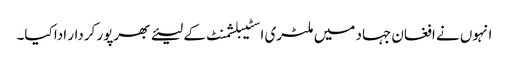
انہوں نے افغان جہاد میں ملٹری اسٹیبلشمنٹ کے لیئے بھرپور کردار ادا کیا۔